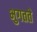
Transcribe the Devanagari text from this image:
भुगतते